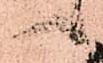
候